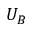
U _ { B }